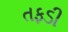
તફડી